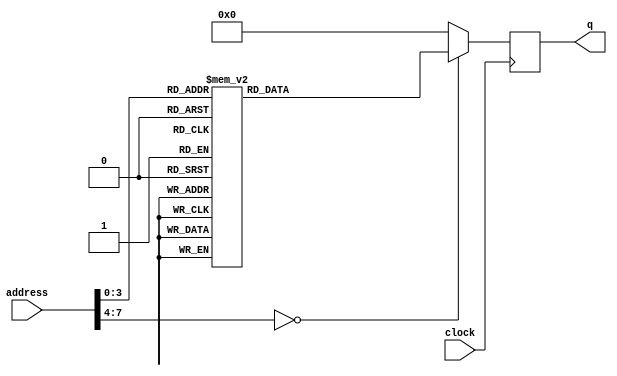
module InstructionMemory(input [7:0]address,
                         input clock,
                         output reg [31:0]q);

  always@(posedge clock) begin
    case(address)
      8'b00000000: begin
        q = 32'b00100000000000010000000000000011;
      end
      8'b00000001: begin
         q = 32'b00100000000000100000000000000000;
      end
      8'b00000010: begin
        q = 32'b00100000010000100000000000000001;
      end
      8'b00000011: begin
        q = 32'b00010000001000100000000000000001;
      end
      8'b00000100: begin
        q = 32'b00001000000000000000000000000010;
      end
      8'b00000101: begin
        q = 32'b10101100000000100000000000001001;
      end
      8'b00000110: begin
        q = 32'b10001100000001010000000000001001;
      end
      8'b00000111: begin
        q = 32'b00000000001001010010100000100000;
      end
      8'b00001000: begin
        q = 32'b00000000001001010001100000100100;
      end
      8'b00001001: begin
        q = 32'b00000000001001010010000000100101;
      end
      8'b00001010: begin
        q = 32'b00001000000000000000000000001010;
      end
      default: begin
        q = 32'b00000000000000000000000000000000;
      end
    endcase
  end

endmodule